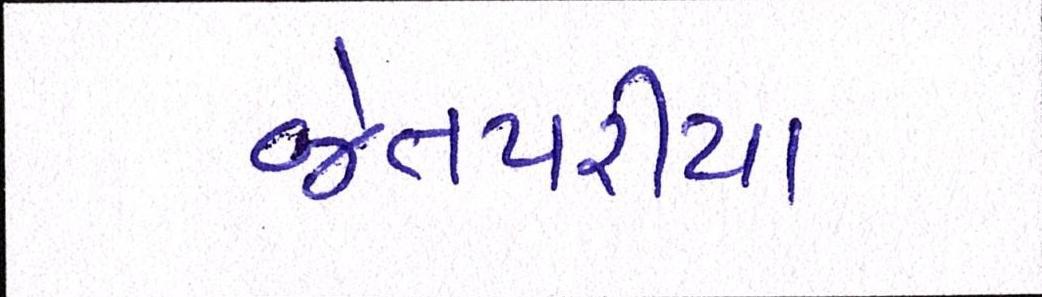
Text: જેતપરીયા